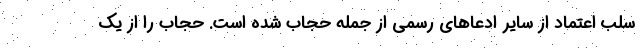
سلب اعتماد از سایر ادعاهای رسمی از جمله حجاب شده است. حجاب را از یک